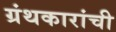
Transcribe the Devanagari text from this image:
ग्रंथकारांची